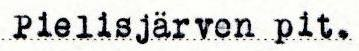
Pielisjärven pit.